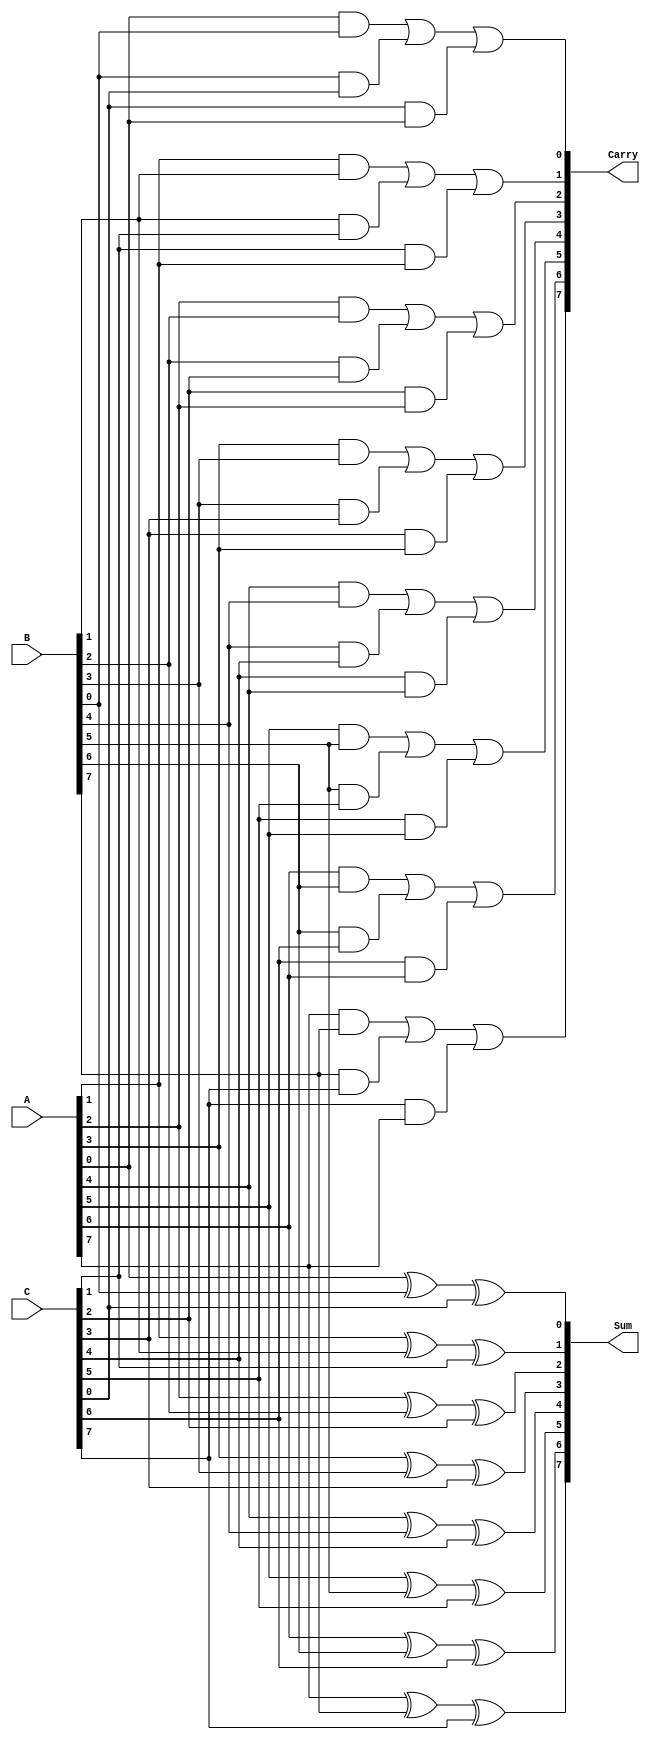
module Parallel_Carry_Save_Adder #(parameter n = 8) (
    input  [n-1:0] A,  // First input operand
    input  [n-1:0] B,  // Second input operand
    input  [n-1:0] C,  // Third input operand
    output [n-1:0] Sum, // Sum output
    output [n-1:0] Carry // Carry output
);
    // Internal wires to hold intermediate sum and carry
    wire [n-1:0] sum_temp;
    wire [n-1:0] carry_temp;

    // Generate sum and carry for each bit position
    genvar i;
    generate
        for (i = 0; i < n; i = i + 1) begin : CSA_Bit
            // Sum bit calculation
            assign sum_temp[i] = A[i] ^ B[i] ^ C[i];

            // Carry bit calculation
            assign carry_temp[i] = (A[i] & B[i]) | (B[i] & C[i]) | (C[i] & A[i]);
        end
    endgenerate

    // Assign outputs
    assign Sum = sum_temp;
    assign Carry = carry_temp;

endmodule